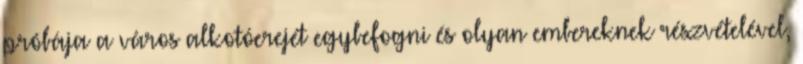
próbája a város alkotóerejét egybefogni és olyan embereknek részvételével,